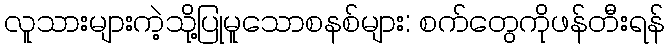
လူသားများကဲ့သို့ပြုမူသောစနစ်များ: စက်တွေကိုဖန်တီးရန်